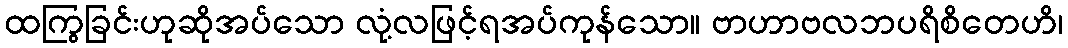
ထကြွခြင်းဟုဆိုအပ်သော လုံ့လဖြင့်ရအပ်ကုန်သော။ ဗာဟာဗလဘပရိစိတေဟိ၊